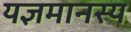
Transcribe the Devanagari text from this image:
यज्ञमानस्य